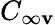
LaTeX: C_{\infty\mathbf{v}}